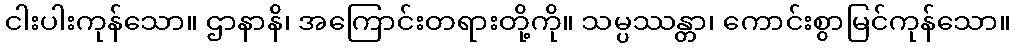
ငါးပါးကုန်သော။ ဌာနာနိ၊ အကြောင်းတရားတို့ကို။ သမ္ပဿန္တာ၊ ကောင်းစွာမြင်ကုန်သော။